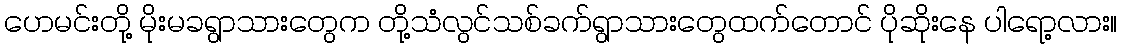
ဟေမင်းတို့ မိုးမခရွာသားတွေက တို့သံလွင်သစ်ခက်ရွာသားတွေထက်တောင် ပိုဆိုးနေ ပါရော့လား။